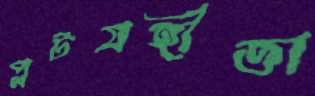
প্লটগ্রহীতা